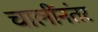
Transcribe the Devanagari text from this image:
चालींनंतर